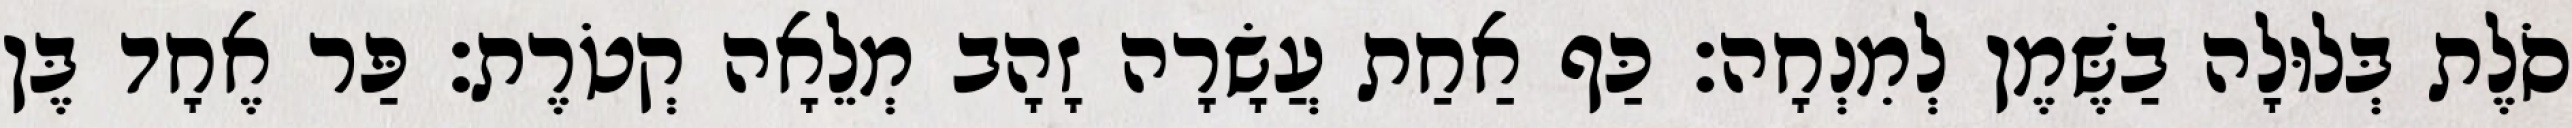
סֹלֶת בְּלוּלָה בַשֶּׁמֶן לְמִנְחָה׃ כַּף אַחַת עֲשָׂרָה זָהָב מְלֵאָה קְטֹרֶת׃ פַּר אֶחָד בֶּן